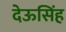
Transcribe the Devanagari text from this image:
देऊसिंह